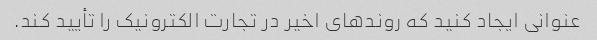
عنوانی ایجاد کنید که روندهای اخیر در تجارت الکترونیک را تأیید کند.